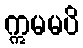
ဣမမပိ